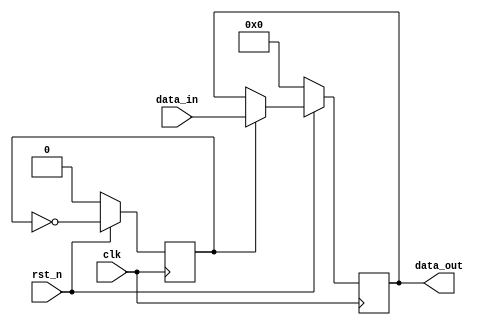
module  decimation_2 (
						clk,
						rst_n,
						data_in,
						data_out
					  );
input clk;
input rst_n;
input [15:0] data_in;
output reg [15:0] data_out;

reg cnt;

always @(posedge clk)
begin
	if(!rst_n)
		cnt <= 1'b0;
	else
		cnt <= ~cnt;
end

always @(posedge clk)
begin
	if(!rst_n)
		data_out <= 16'd0;
	else
		if(cnt)
			data_out <= data_in;
end

endmodule